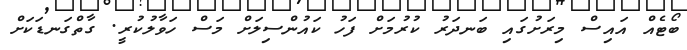
ބޯޓެއް އައިސް މިރަށުގައި ބަނދަރު ކުރުމަށް ފަހު ކައުންސިލަށް މަސް ހަވާލުކުރީ. ގާތްގަނޑަކަށް